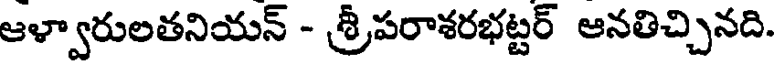
ఆళ్వారులతనియన్ - శ్రీపరాశరభట్టర్ ఆనతిచ్చినది.